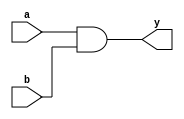
module andgate_df(a,b,y);
input a,b;
output y;
  assign y=a&b;  //and(y,a,b)
endmodule